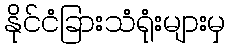
နိုင်ငံခြားသံရုံးများမှ